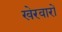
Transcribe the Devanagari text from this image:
खेरवारों